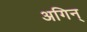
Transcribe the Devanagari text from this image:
अगिन्